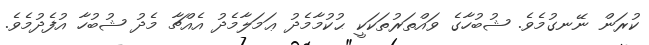
ކުރަން ނޭނގުމެވެ. ޝުބުހާގެ ވައްތަރުތަކަކީ ޙުކުމާމެދު ޢަމަލާމެދު އެއްޗާ މެދު ޝުބުހާ އުފެދުމެވެ.